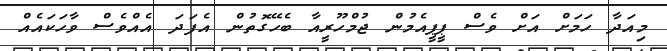
މިއަދާ ހަމަށް އަށް ވެސް ޕީޕީއެމުން ޖުމްހޫރީއާ ބެހޭގޮތުން އެފަދަ އެއްވެސް ވާހަކައެއް